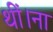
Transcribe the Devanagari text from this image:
थीं।ना